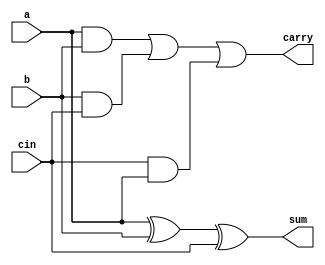
// 4-bot rpple carry adder
//To construct a 4 bit ripple carry adder we will instantiate it with full adder

//full adder design
module full_adder(
    input a,b,cin,
    output sum,carry);

assign sum = a ^ b ^ cin;
assign carry = (a & b)|(b & cin)|(cin & a);
                
endmodule

// Design of ripple carry adder
module rca(
    input [3:0]a,b,
    input cin,
    output [3:0]sum,
    output c4);

wire c1,c2,c3;      //Carry out of each full adder

full_adder fa0(a[0],b[0],cin,sum[0],c1);
full_adder fa1(a[1],b[1],c1,sum[1],c2);
full_adder fa2(a[2],b[2],c2,sum[2],c3);
full_adder fa3(a[3],b[3],c3,sum[3],c4);
                
endmodule